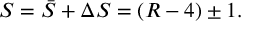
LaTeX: S = \bar { S } + \Delta S = ( R - 4 ) \pm 1 .